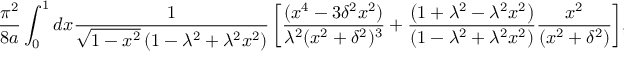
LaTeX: { \frac { \pi ^ { 2 } } { 8 a } } \int _ { 0 } ^ { 1 } { d x { \frac { 1 } { \sqrt { 1 - x ^ { 2 } } \left( 1 - \lambda ^ { 2 } + \lambda ^ { 2 } x ^ { 2 } \right) } } \left[ { \frac { ( x ^ { 4 } - 3 \delta ^ { 2 } x ^ { 2 } ) } { \lambda ^ { 2 } ( x ^ { 2 } + \delta ^ { 2 } ) ^ { 3 } } } + { \frac { \left( 1 + \lambda ^ { 2 } - \lambda ^ { 2 } x ^ { 2 } \right) } { \left( 1 - \lambda ^ { 2 } + \lambda ^ { 2 } x ^ { 2 } \right) } } { \frac { x ^ { 2 } } { ( x ^ { 2 } + \delta ^ { 2 } ) } } \right] } ,